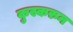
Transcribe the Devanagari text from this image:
कुस्करुन